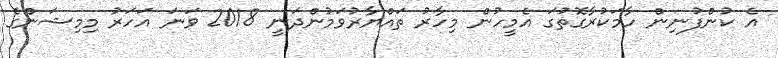
އެ ކުންފުނިން ހާމަކުރާގޮތުގަ އެމީހުން މިހާރު ތައްޔާރުވަމުންދަނީ 2018 ވަނަ އަހަރު މިމިޝަންގެ